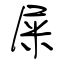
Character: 屎